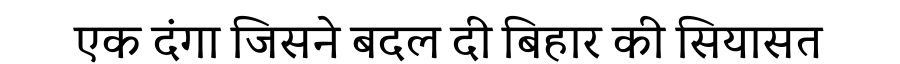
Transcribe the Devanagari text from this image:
एक दंगा जिसने बदल दी बिहार की सियासत